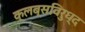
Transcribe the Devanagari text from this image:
क्लब्सविरुध्द